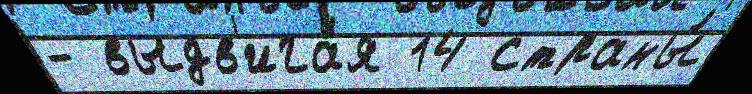
- выдв'ига́я 14 страны́